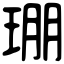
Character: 㻚